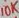
Text: 10K